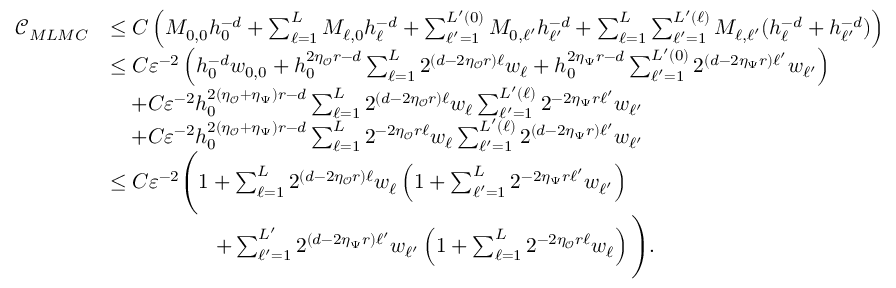
\begin{array} { r l } { \mathcal { C } _ { M L M C } } & { \le C \left( M _ { 0 , 0 } h _ { 0 } ^ { - d } + \sum _ { \ell = 1 } ^ { L } M _ { \ell , 0 } h _ { \ell } ^ { - d } + \sum _ { \ell ^ { \prime } = 1 } ^ { L ^ { \prime } ( 0 ) } M _ { 0 , \ell ^ { \prime } } h _ { \ell ^ { \prime } } ^ { - d } + \sum _ { \ell = 1 } ^ { L } \sum _ { \ell ^ { \prime } = 1 } ^ { L ^ { \prime } ( \ell ) } M _ { \ell , \ell ^ { \prime } } ( h _ { \ell } ^ { - d } + h _ { \ell ^ { \prime } } ^ { - d } ) \right) } \\ & { \le C \ensuremath { \varepsilon } ^ { - 2 } \left( h _ { 0 } ^ { - d } w _ { 0 , 0 } + h _ { 0 } ^ { 2 \eta _ { \mathcal { O } } r - d } \sum _ { \ell = 1 } ^ { L } 2 ^ { ( d - 2 \eta _ { \mathcal { O } } r ) \ell } w _ { \ell } + h _ { 0 } ^ { 2 \eta _ { \Psi } r - d } \sum _ { \ell ^ { \prime } = 1 } ^ { L ^ { \prime } ( 0 ) } 2 ^ { ( d - 2 \eta _ { \Psi } r ) \ell ^ { \prime } } w _ { \ell ^ { \prime } } \right) } \\ & { \quad + C \ensuremath { \varepsilon } ^ { - 2 } h _ { 0 } ^ { 2 ( \eta _ { \mathcal { O } } + \eta _ { \Psi } ) r - d } \sum _ { \ell = 1 } ^ { L } 2 ^ { ( d - 2 \eta _ { \mathcal { O } } r ) \ell } w _ { \ell } \sum _ { \ell ^ { \prime } = 1 } ^ { L ^ { \prime } ( \ell ) } 2 ^ { - 2 \eta _ { \Psi } r \ell ^ { \prime } } w _ { \ell ^ { \prime } } } \\ & { \quad + C \ensuremath { \varepsilon } ^ { - 2 } h _ { 0 } ^ { 2 ( \eta _ { \mathcal { O } } + \eta _ { \Psi } ) r - d } \sum _ { \ell = 1 } ^ { L } 2 ^ { - 2 \eta _ { \mathcal { O } } r \ell } w _ { \ell } \sum _ { \ell ^ { \prime } = 1 } ^ { L ^ { \prime } ( \ell ) } 2 ^ { ( d - 2 \eta _ { \Psi } r ) \ell ^ { \prime } } w _ { \ell ^ { \prime } } } \\ & { \le C \ensuremath { \varepsilon } ^ { - 2 } \Bigg ( 1 + \sum _ { \ell = 1 } ^ { L } 2 ^ { ( d - 2 \eta _ { \mathcal { O } } r ) \ell } w _ { \ell } \left( 1 + \sum _ { \ell ^ { \prime } = 1 } ^ { L } 2 ^ { - 2 \eta _ { \Psi } r \ell ^ { \prime } } w _ { \ell ^ { \prime } } \right) } \\ & { \qquad \quad \qquad + \sum _ { \ell ^ { \prime } = 1 } ^ { L ^ { \prime } } 2 ^ { ( d - 2 \eta _ { \Psi } r ) \ell ^ { \prime } } w _ { \ell ^ { \prime } } \left( 1 + \sum _ { \ell = 1 } ^ { L } 2 ^ { - 2 \eta _ { \mathcal { O } } r \ell } w _ { \ell } \right) \Bigg ) . } \end{array}